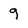
Character: 9